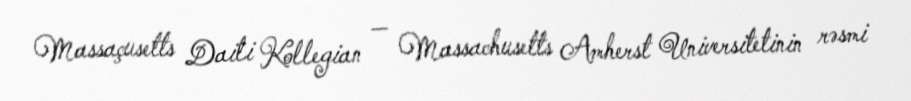
Massaçusetts Daili Kollegian — Massachusetts Amherst Universitetinin rəsmi